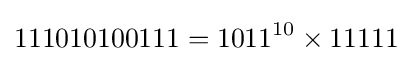
111010100111=1011^{10}\times 11111